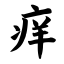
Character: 痒